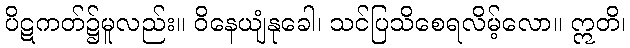
ပိဋကတ်၌မူလည်း။ ဝိနေယျံနုခေါ၊ သင်ပြသိစေရလိမ့်လော။ ဣတိ၊